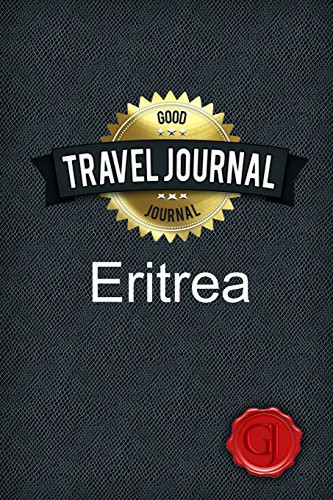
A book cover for Travel Journal Eritrea; Good Journal; Travel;